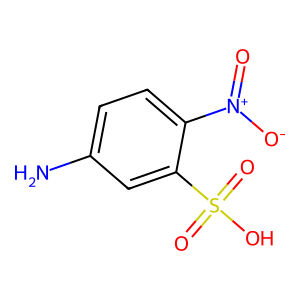
SMILES: Nc1ccc([N+](=O)[O-])c(S(=O)(=O)O)c1
Inhibits HIV replication: No